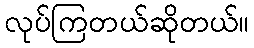
လုပ်ကြတယ်ဆိုတယ်။